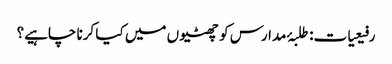
رفیعیات: طلبۂ مدارس کو چھٹیوں میں کیا کرنا چاہیے؟